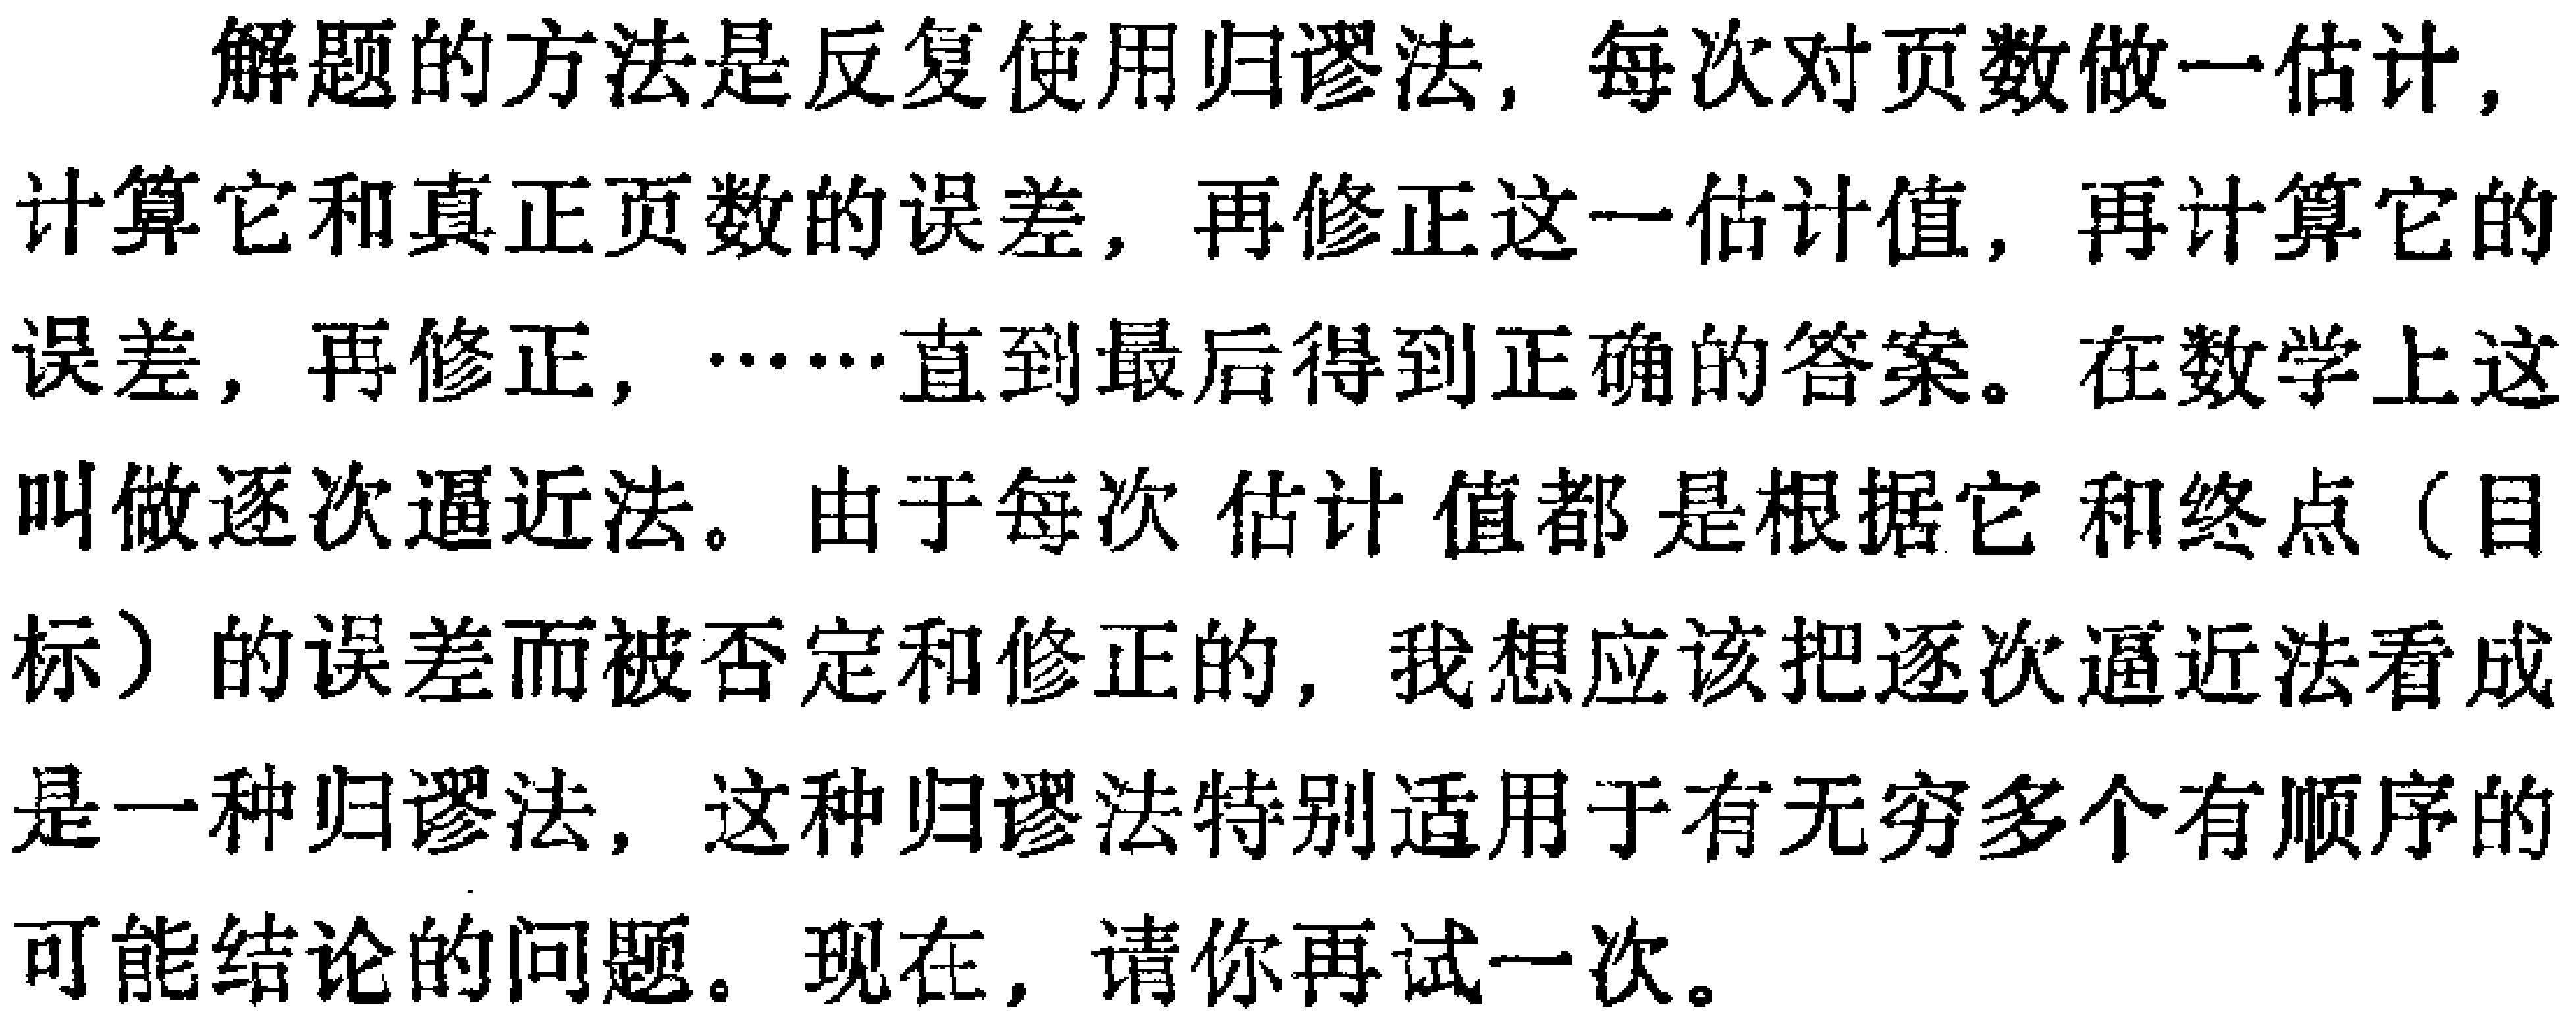
解题的方法是反复使用归谬法，每次对页数做一估计，计算它和真正页数的误差，再修正这一估计值，再计算它的误差，再修正，……直到最后得到正确的答案。在数学上这叫做逐次逼近法。由于每次估计值都是根据它和终点（目标）的误差而被否定和修正的，我想应该把逐次逼近法看成是一种归谬法，这种归谬法特别适用于有无穷多个有顺序的可能结论的问题。现在，请你再试一次。